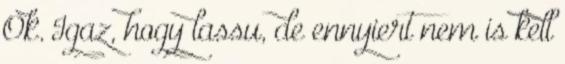
Ok. Igaz, hogy lassu, de ennyiert nem is kell